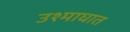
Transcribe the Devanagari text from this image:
उश्माघात